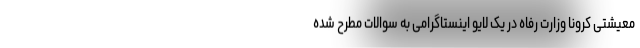
معیشتی کرونا وزارت رفاه در یک لایو اینستاگرامی به سوالات مطرح شده